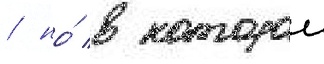
/ но́ в которои